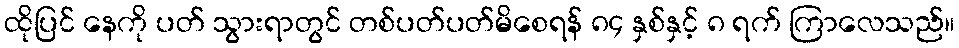
ထိုပြင် နေကို ပတ် သွားရာတွင် တစ်ပတ်ပတ်မိစေရန် ၈၄ နှစ်နှင့် ၈ ရက် ကြာလေသည်။